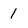
Character: 1